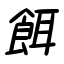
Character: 餌